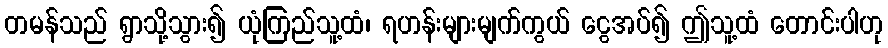
တမန်သည် ရွာသို့သွား၍ ယုံကြည်သူ့ထံ၊ ရဟန်းများမျက်ကွယ် ငွေအပ်၍ ဤသူ့ထံ တောင်းပါဟု